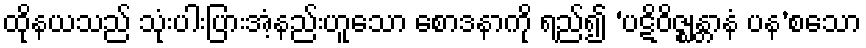
ထိုနယသည် သုံးပါးပြားအံ့နည်းဟူသော စောဒနာကို ရည်၍ ‘ပဋိဝိဇ္ဈန္တာနံ ပန’စသော